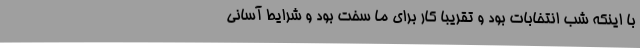
با اینکه شب انتخابات بود و تقریباً کار برای ما سخت بود و شرایط آسانی